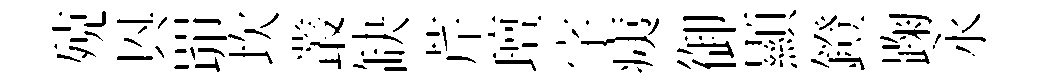
殑㒷𦊑坎叢缺芹璮字痍御顯鐙踘永